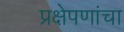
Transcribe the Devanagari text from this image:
प्रक्षेपणांचा